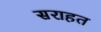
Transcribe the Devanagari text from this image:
सराहत